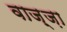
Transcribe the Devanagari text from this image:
वाज़्ज़ा